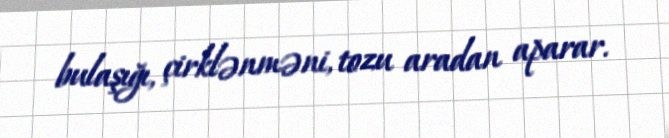
bulaşığı, çirklənməni, tozu aradan aparar.